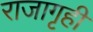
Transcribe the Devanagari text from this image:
राजागृही